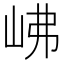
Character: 𡶒